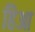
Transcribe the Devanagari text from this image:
हिआ